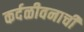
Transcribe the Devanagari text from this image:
कर्दळीवनाची